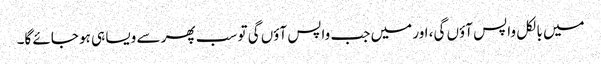
میں بالکل واپس آؤں گی، اور میں جب واپس آؤں گی تو سب پھر سے ویسا ہی ہو جائے گا۔